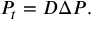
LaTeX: P _ { t } = D \Delta P . \quad